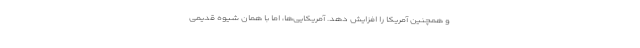
و همچنین آمریکا را افزایش دهد. آمریکایی‌ها، اما با همان شیوه قدیمی